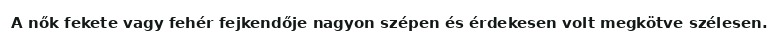
A nők fekete vagy fehér fejkendője nagyon szépen és érdekesen volt megkötve szélesen.